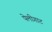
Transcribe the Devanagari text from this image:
पेलीगाट